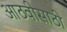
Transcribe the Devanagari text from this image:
आठवीसाठी